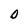
Character: O